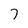
Character: 7